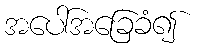
အပေါ်အခြေခံ၍